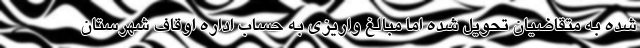
شده به متقاضیان تحویل شده اما مبالغ واریزی به حساب اداره اوقاف شهرستان